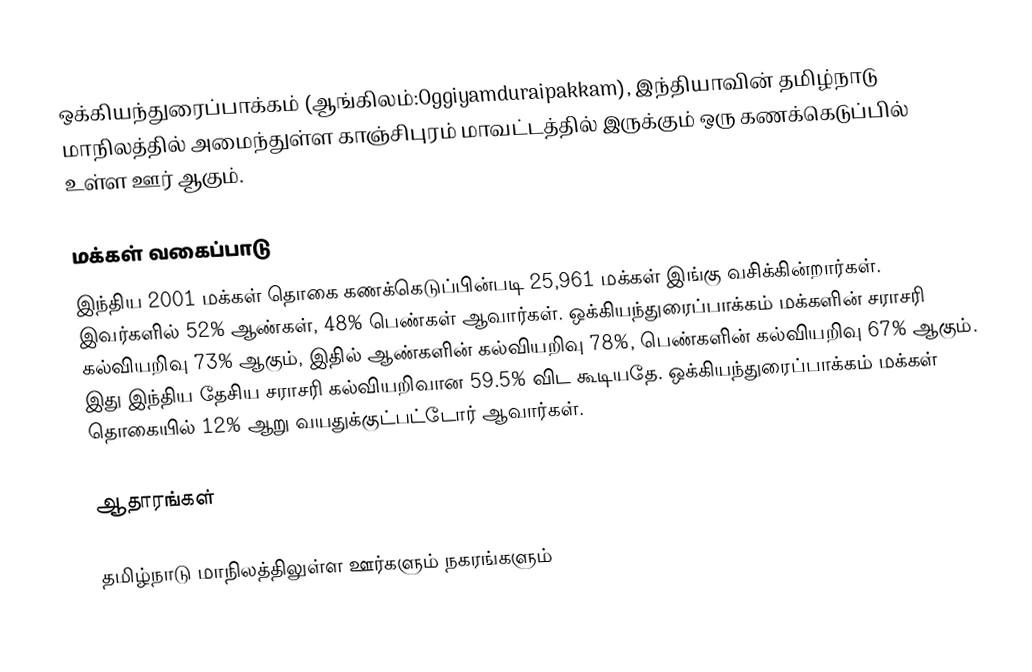
ஒக்கியந்துரைப்பாக்கம் (ஆங்கிலம்:Oggiyamduraipakkam), இந்தியாவின் தமிழ்நாடு மாநிலத்தில் அமைந்துள்ள காஞ்சிபுரம் மாவட்டத்தில் இருக்கும் ஒரு கணக்கெடுப்பில் உள்ள ஊர் ஆகும்.

மக்கள் வகைப்பாடு
இந்திய 2001 மக்கள் தொகை கணக்கெடுப்பின்படி 25,961 மக்கள் இங்கு வசிக்கின்றார்கள். இவர்களில் 52% ஆண்கள், 48% பெண்கள் ஆவார்கள். ஒக்கியந்துரைப்பாக்கம் மக்களின் சராசரி கல்வியறிவு 73% ஆகும், இதில் ஆண்களின் கல்வியறிவு 78%, பெண்களின் கல்வியறிவு 67% ஆகும். இது இந்திய தேசிய சராசரி கல்வியறிவான 59.5% விட கூடியதே. ஒக்கியந்துரைப்பாக்கம் மக்கள் தொகையில் 12% ஆறு வயதுக்குட்பட்டோர் ஆவார்கள்.

ஆதாரங்கள்

தமிழ்நாடு மாநிலத்திலுள்ள ஊர்களும் நகரங்களும்